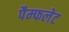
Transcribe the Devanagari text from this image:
पैम्‍फलेट